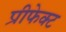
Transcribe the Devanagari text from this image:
प्रीफेक्ट